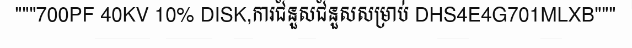
"""700PF 40KV 10% DISK,ការជំនួសជំនួសសម្រាប់ DHS4E4G701MLXB"""